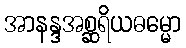
အာနန္ဒအစ္ဆရိယဓမ္မော